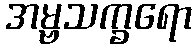
အမ္ဗသက္ခရော